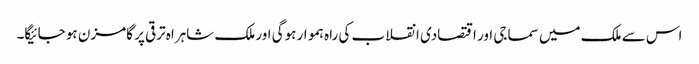
اس سے ملک میں سماجی اور اقتصادی انقلاب کی راہ ہموار ہوگی اور ملک شاہراہ ترقی پر گامزن ہو جائیگا۔